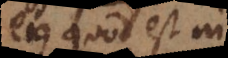
ejus quod est in